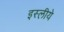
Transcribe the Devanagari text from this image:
इस्लीये